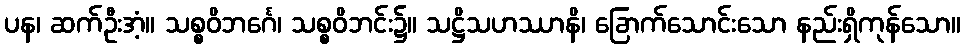
ပန၊ ဆက်ဦးအံ့။ သစ္စဝိဘင်္ဂေ၊ သစ္စဝိဘင်း၌။ သဋ္ဌိသဟဿာနိ၊ ခြောက်သောင်းသော နည်းရှိကုန်သော။